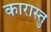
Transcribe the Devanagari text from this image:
कारास्तु